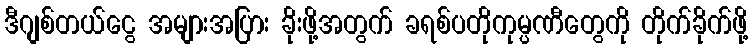
ဒီဂျစ်တယ်ငွေ အများအပြား ခိုးဖို့အတွက် ခရစ်ပတိုကုမ္ပဏီတွေကို တိုက်ခိုက်ဖို့